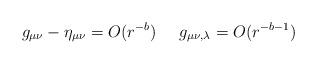
LaTeX: \begin{align*}g_{\mu\nu} - \eta_{\mu\nu} =O( r^{-b}) \; \; \; \; \; g_{\mu\nu,\lambda} =O( r^{-b -1})\end{align*}